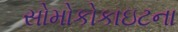
સોમોકોકાઇટના